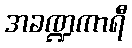
အခဏ္ဍကာရီ